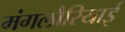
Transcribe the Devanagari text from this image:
मंगलौरियाई